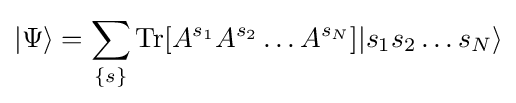
|\Psi \rangle =\sum _{\{s\}}\operatorname {Tr} [A^{s_{1}}A^{s_{2}}\ldots A^{s_{N}}]|s_{1}s_{2}\ldots s_{N}\rangle